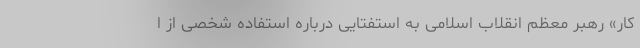
کار» رهبر معظم انقلاب اسلامی به استفتایی درباره استفاده شخصی از ا